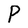
Character: P